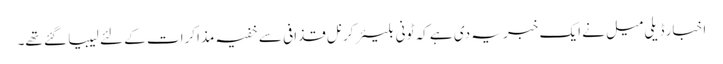
اخبار ڈیلی میل نے ایک خبر یہ دی ہے کہ ٹونی بلیئر کرنل قذافی سے خفیہ مذاکرات کے لئے لیبیا گئے تھے۔